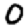
Digit: 0